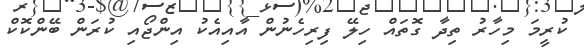
ކުރީމަ މިހާރު ތިދާ ގޮތައް ހިލޭ ފިރިހެނުން އާއިއެކު އިންޖޯއި ކުރަން ބޭންކޮކް